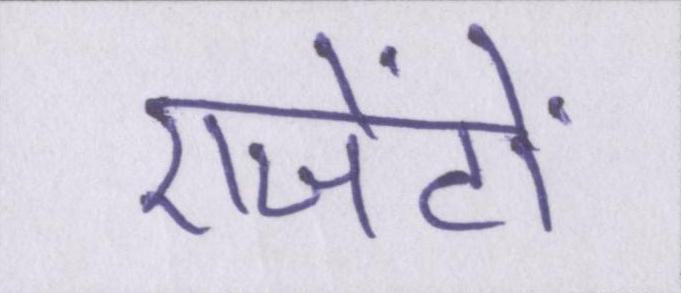
एजेंटों